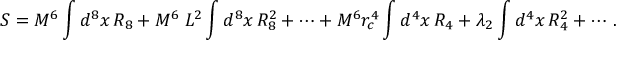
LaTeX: S = M ^ { 6 } \int d ^ { 8 } x \, R _ { 8 } + M ^ { 6 } \; L ^ { 2 } \int d ^ { 8 } x \, R _ { 8 } ^ { 2 } + \cdots + M ^ { 6 } r _ { c } ^ { 4 } \int d ^ { 4 } x \, R _ { 4 } + \lambda _ { 2 } \int d ^ { 4 } x \, R _ { 4 } ^ { 2 } + \cdots \, .